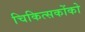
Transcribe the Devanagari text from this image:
चिकित्सकोंको